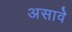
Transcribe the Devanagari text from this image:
असावेे